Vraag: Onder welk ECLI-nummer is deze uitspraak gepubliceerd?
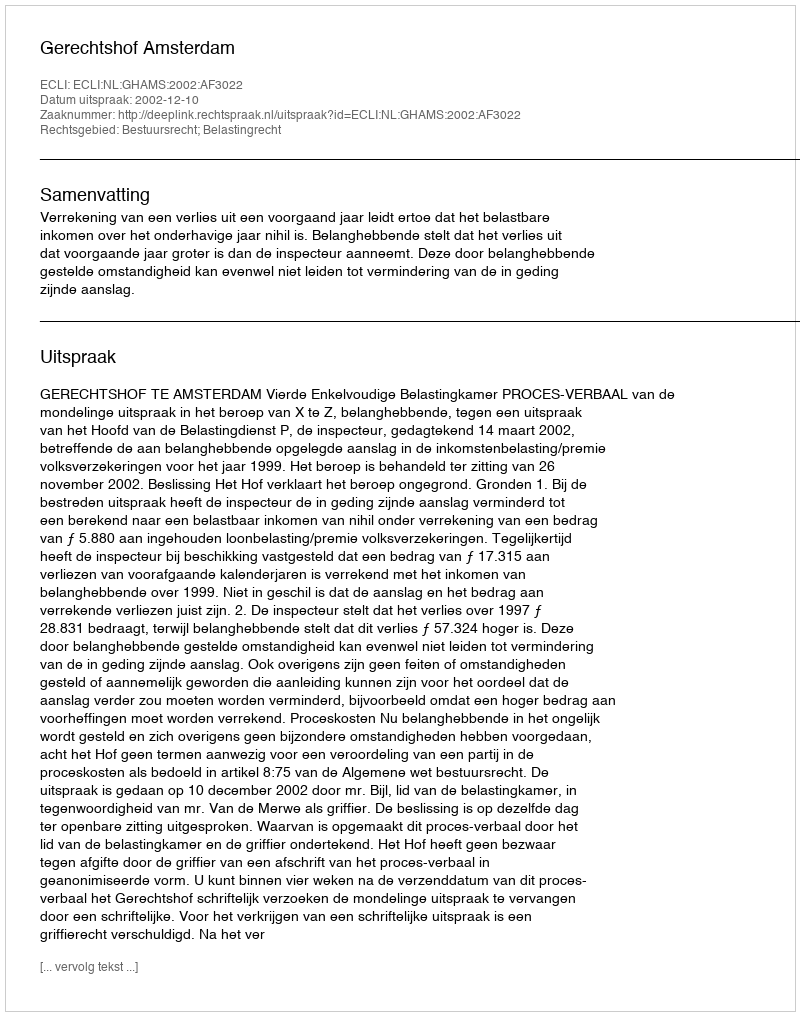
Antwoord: ECLI:NL:GHAMS:2002:AF3022